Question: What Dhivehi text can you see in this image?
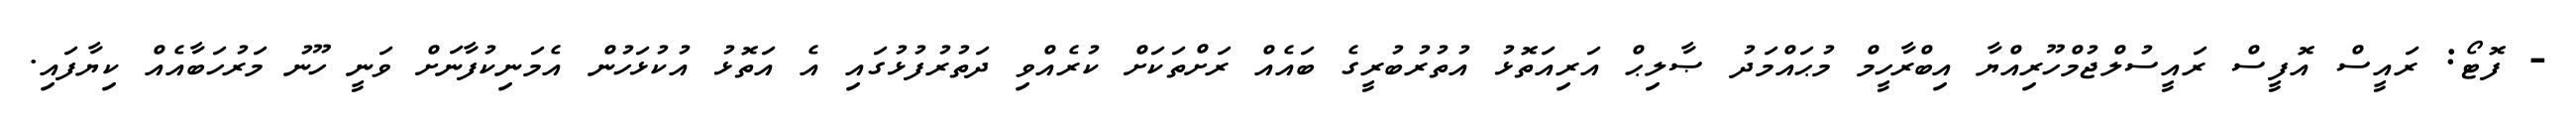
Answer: - ފޮޓޯ: ރައީސް އޮފީސް ރައީސުލްޖުމްހޫރިއްޔާ އިބްރާހީމް މުޙައްމަދު ޞާލިޙް އަރިއަތޮޅު އުތުރުބުރީގެ ބައެއް ރަށްތަކަށް ކުރެއްވި ދަތުރުފުޅުގައި އެ އަތޮޅު އުކުޅަހުން އެމަނިކުފާނަށް ވަނީ ހޫނު މަރުހަބާއެއް ކިޔާފައި.